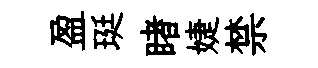
盈珽睹婕禁